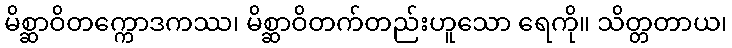
မိစ္ဆာဝိတက္ကောဒကဿ၊ မိစ္ဆာဝိတက်တည်းဟူသော ရေကို။ သိတ္တတာယ၊